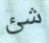
شئ